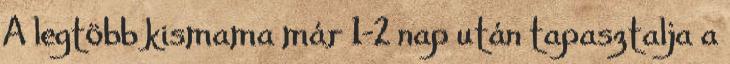
A legtöbb kismama már 1-2 nap után tapasztalja a